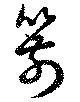
箭